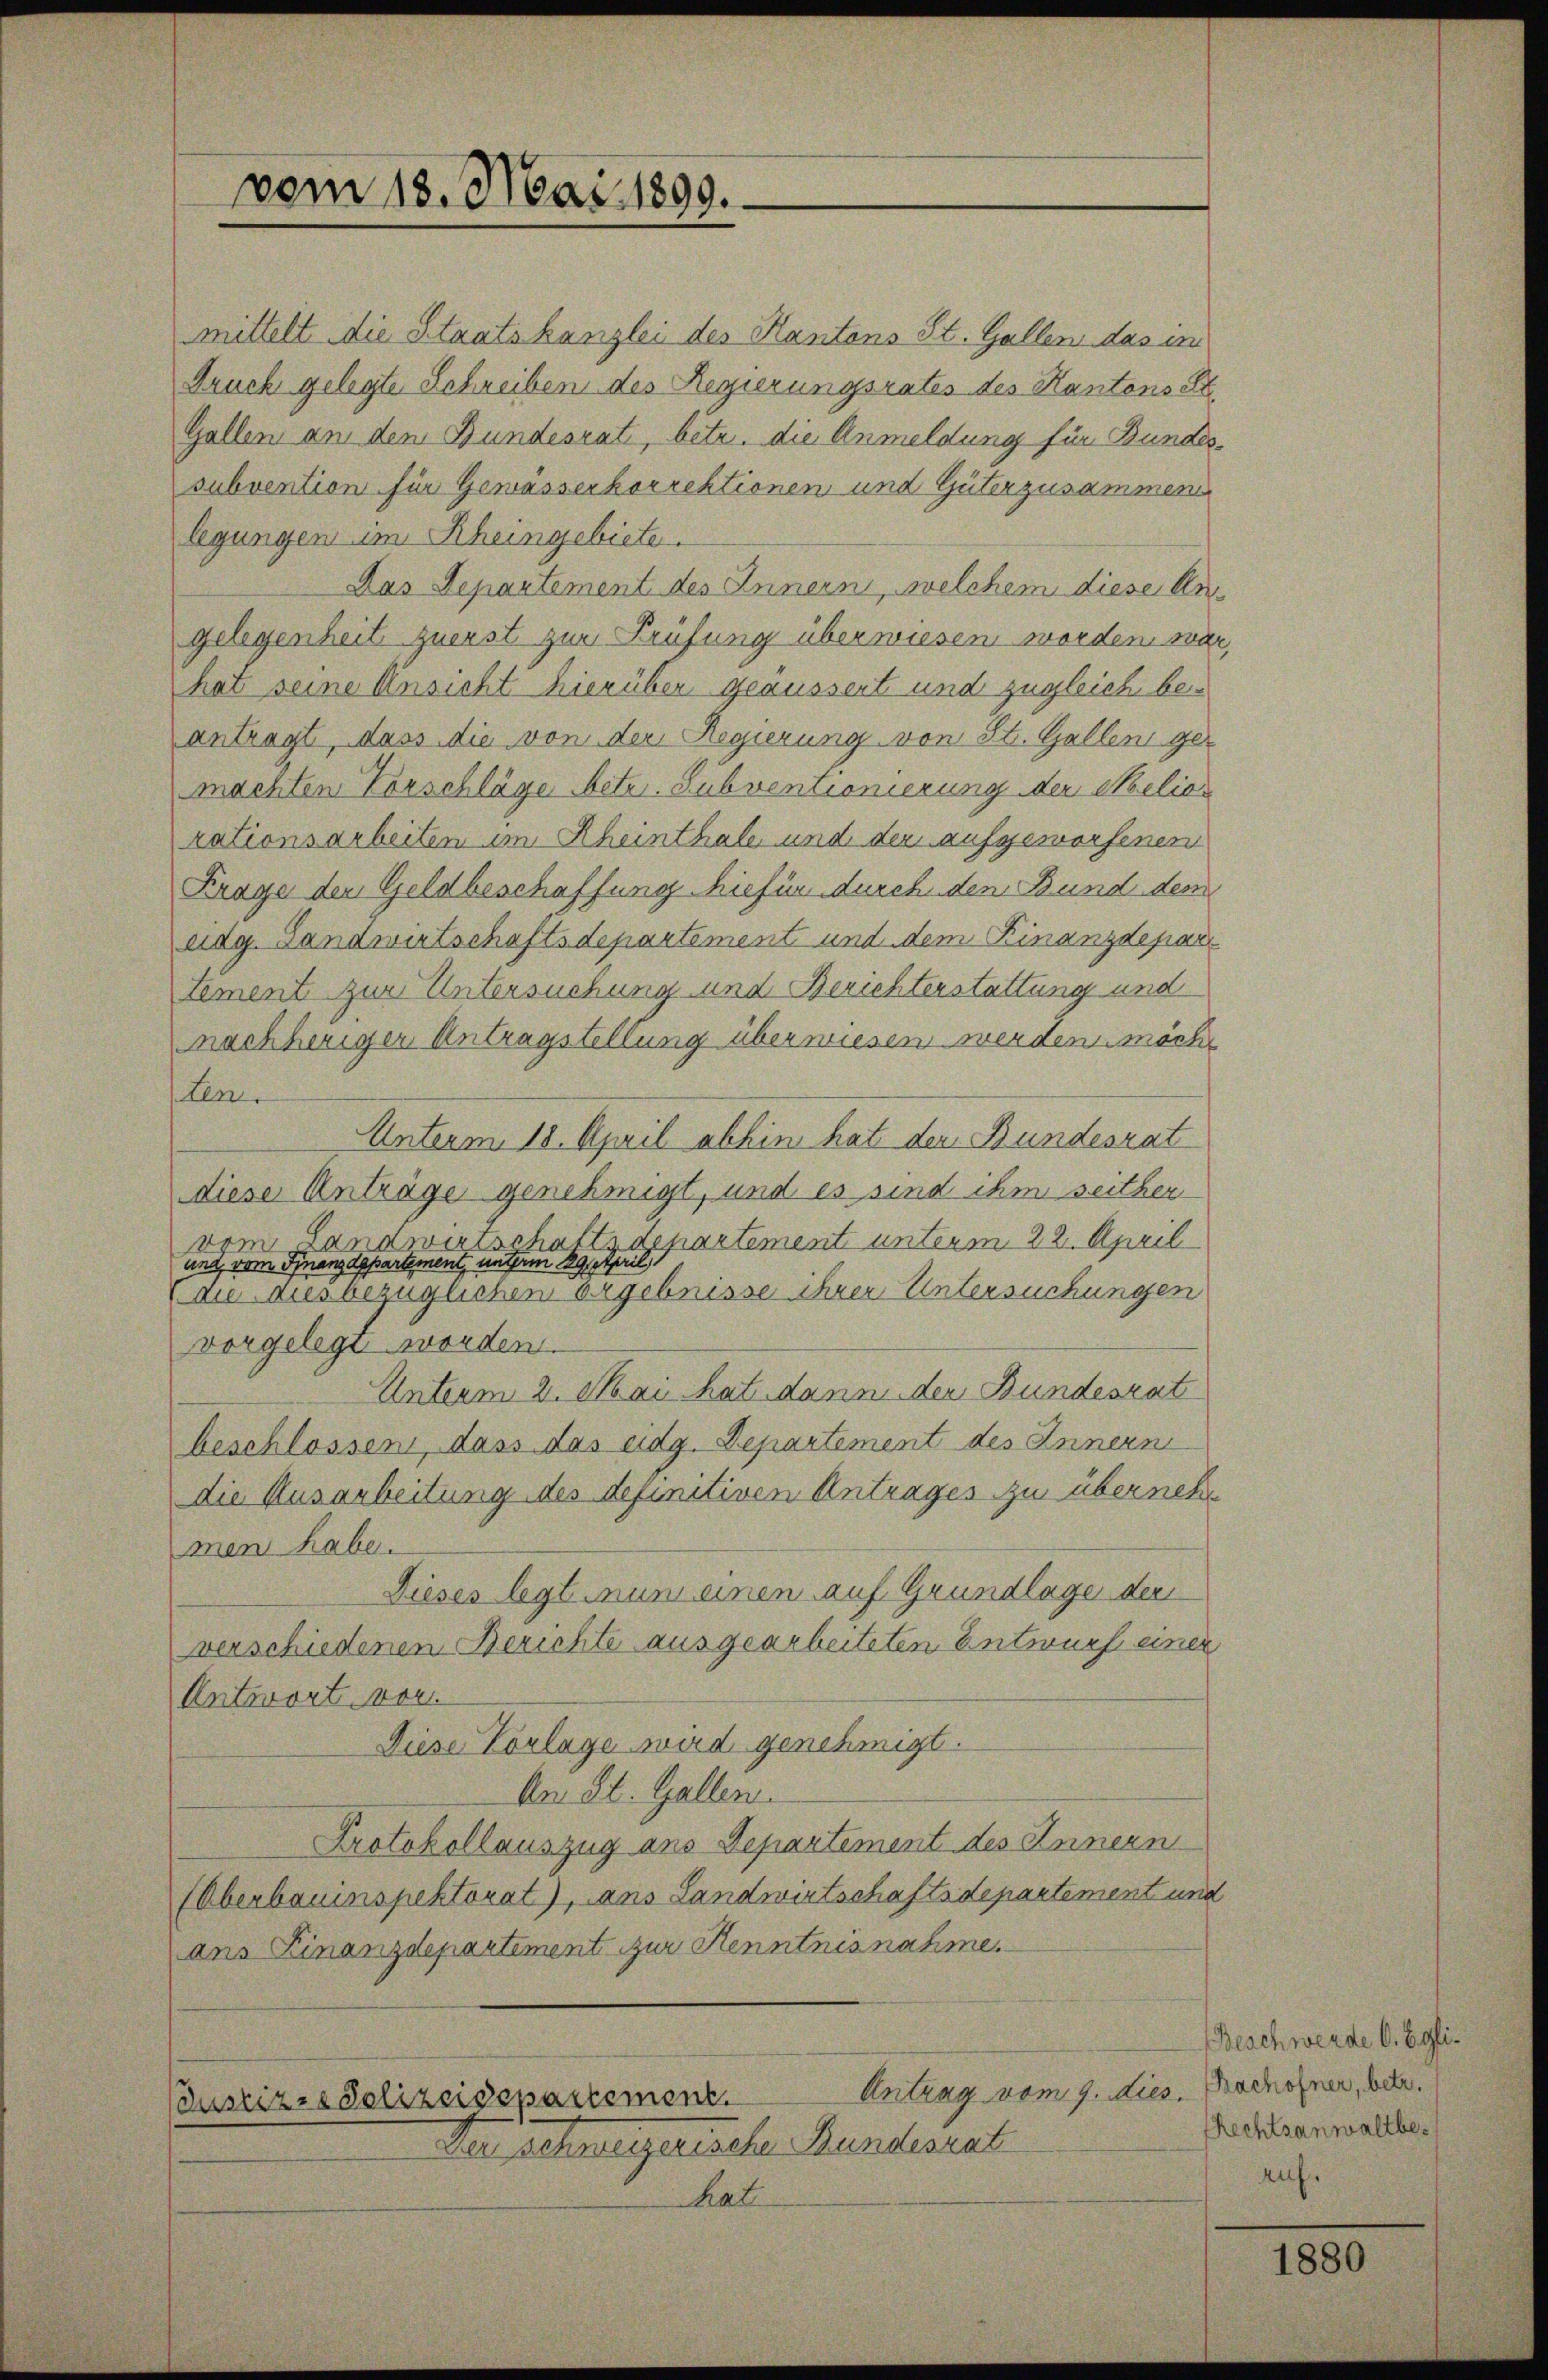
vom 18. Mai 1899.

mittelt die Staatskanzlei des Kantons St. Gallen das in
Bruch gelegte Schreiben des Regierungsrates des Kantonse
Gallen an den Bundesrati, betr. die Anmeldung für Bundessubvention für Gewässerkorrektionen und Güterzusammens
legungen im Rheingebiete.
Das Separtement des Innern, welchem diese An-
gelegenheit zuerst zur Prüfung überwiesen worden wär
hat seine Ansicht hierüber geäussert und zugleich beantragt, dass die von der Regierung von St. Gallen gemachten Vorschläge betr. Subventionierung der Melior
rationsarbeiten im Rheinthale und der aufgeworfenen
Frage der Geldbeschaffung hiefür durch den Bund dem
eidg. Landwirtschaftsdepartement und dem Finanzdepar¬
Lement zur Untersuchung und Berichterstattung und
nachheriger Antragstellung überwiesen werden möche
Len
Unterm 18. April abhin hat der Bundesrat
diese Anträge genehmigt, und es sind ihm seither
vom Landwirtschaftsdepartement unterm 22. April
und, vom Finanzdepartement, unterm 29stpril
Caue Ausbezüglichen ergebnisse ihrer Untersuchungen
vorgelegt worden.
Unterm 2. Mai hat dann der Bundesrat
beschlossen, dass das eidg. Departement des Innern
die Ausarbeitung des definitiven Antrages zu überneh
men habe.
Dieses legt nun einen auf Grundlage der
verschiedenen Berichte ausgearbeiteten Entwurf einer
Antwort vor
Diese Vorlage wird genehmigt.
An St. Gallen.
Protokollauszug aus Departement des Innern
(Oberbauinspektorat), aus Landwirtschaftsdepartement und
ans Finanzdepartement zur Kenntnisnahme.

Antrag vom 9. dies
Justizrs Polizeidepartement.

Der schweizerische Bundesrat
hat

Beschwerde O. Egli¬
Bachofner, betr.
Rechtsanwaltbeauf.

1880